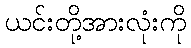
ယင်းတို့အားလုံးကို